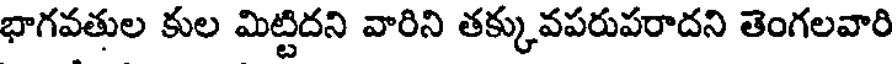
భాగవతుల కుల మిట్టిదని వారిని తక్కువపరుపరాదని తెంగలవారి